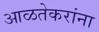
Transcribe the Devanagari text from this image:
आळतेकरांना